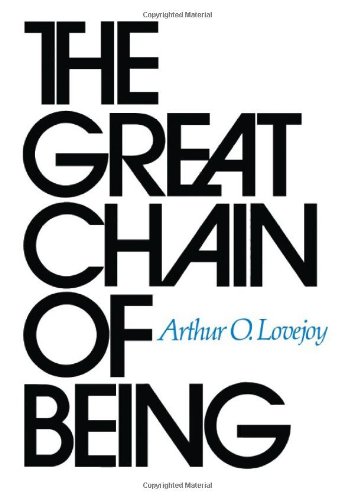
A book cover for The Great Chain of Being: A Study of the History of an Idea; Arthur O. Lovejoy; Politics & Social Sciences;